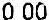
0.00